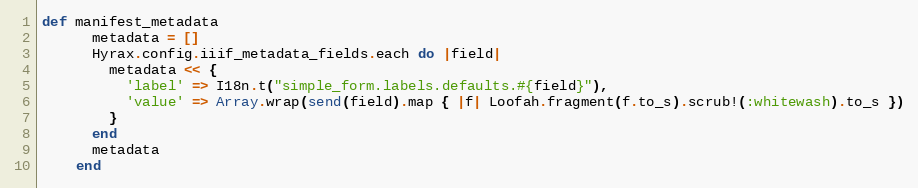
Language: Ruby
def manifest_metadata
      metadata = []
      Hyrax.config.iiif_metadata_fields.each do |field|
        metadata << {
          'label' => I18n.t("simple_form.labels.defaults.#{field}"),
          'value' => Array.wrap(send(field).map { |f| Loofah.fragment(f.to_s).scrub!(:whitewash).to_s })
        }
      end
      metadata
    end